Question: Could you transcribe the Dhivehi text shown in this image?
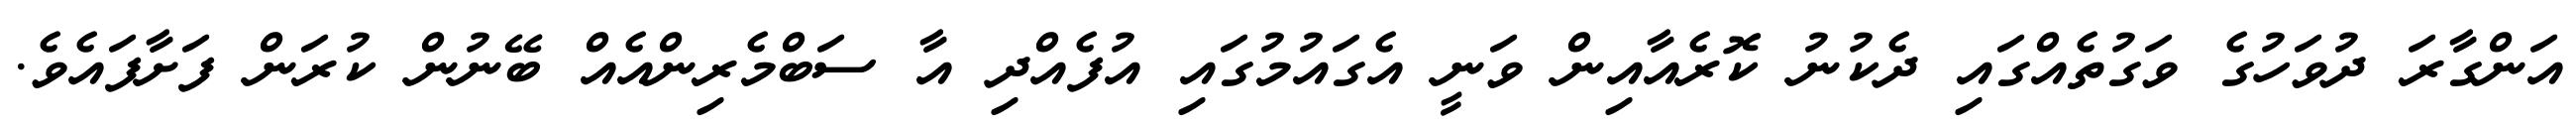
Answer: އަންގާރަ ދުވަހުގެ ވަގުތެއްގައި ދެކުނު ކޮރެއާއިން ވަނީ އެގައުމުގައި އުފެއްދި އާ ސަބްމެރިންއެއް ބޭނުން ކުރަން ފަށާފައެވެ.